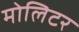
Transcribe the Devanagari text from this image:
मोलिटर